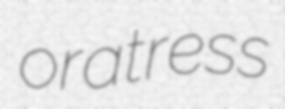
oratress